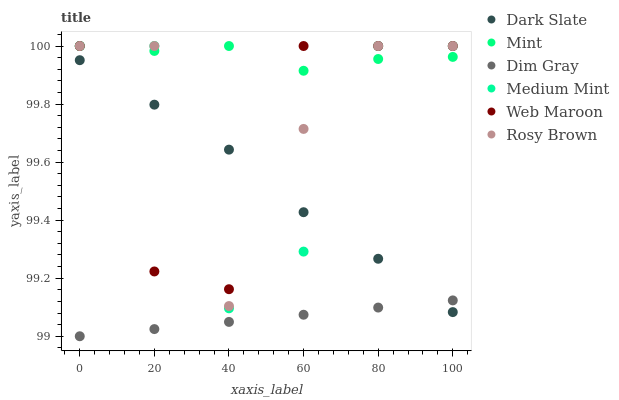
| xaxis_label | Dark Slate | Mint | Dim Gray | Medium Mint | Web Maroon | Rosy Brown |
 | --- | --- | --- | --- | --- | --- | --- |
 | 0 | 100 | 100 | 99 | 100 | 100 | 100 |
 | 20 | 99.8 | 100 | 99 | 100 | 99.2 | 100 |
 | 40 | 99.6 | 100 | 99 | 99.1 | 99.2 | 99.1 |
 | 60 | 99.4 | 99.9 | 99.1 | 99.3 | 100 | 99.7 |
 | 80 | 99.3 | 100 | 99.1 | 100 | 100 | 100 |
 | 100 | 99.1 | 100 | 99.1 | 100 | 100 | 100 |